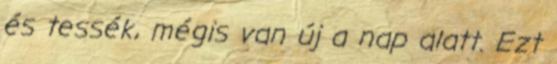
és tessék, mégis van új a nap alatt. Ezt